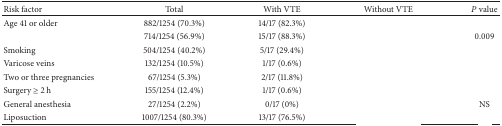
<table><thead><tr><td><b>Risk factor</b></td><td><b>Total</b></td><td><b>With VTE</b></td><td><b>Without VTE</b></td><td><b><i>P</i> value</b></td></tr></thead><tbody><tr><td>Age 41 or older</td><td>882/1254 (70.3%)</td><td>14/17 (82.3%)</td><td>[EMPTY_CELL]</td><td>[EMPTY_CELL]</td></tr><tr><td>[EMPTY_CELL]</td><td>714/1254 (56.9%)</td><td>15/17 (88.3%)</td><td>[EMPTY_CELL]</td><td>0.009</td></tr><tr><td>Smoking</td><td>504/1254 (40.2%)</td><td>5/17 (29.4%)</td><td>[EMPTY_CELL]</td><td>[EMPTY_CELL]</td></tr><tr><td>Varicose veins</td><td>132/1254 (10.5%)</td><td>1/17 (0.6%)</td><td>[EMPTY_CELL]</td><td>[EMPTY_CELL]</td></tr><tr><td>Two or three pregnancies</td><td>67/1254 (5.3%)</td><td>2/17 (11.8%)</td><td>[EMPTY_CELL]</td><td>[EMPTY_CELL]</td></tr><tr><td>Surgery ≥ 2 h</td><td>155/1254 (12.4%)</td><td>1/17 (0.6%)</td><td>[EMPTY_CELL]</td><td>[EMPTY_CELL]</td></tr><tr><td>General anesthesia</td><td>27/1254 (2.2%)</td><td>0/17 (0%)</td><td>[EMPTY_CELL]</td><td>NS</td></tr><tr><td>Liposuction</td><td>1007/1254 (80.3%)</td><td>13/17 (76.5%)</td><td>[EMPTY_CELL]</td><td>[EMPTY_CELL]</td></tr></tbody></table>